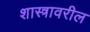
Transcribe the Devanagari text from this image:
शास्त्रावरील